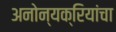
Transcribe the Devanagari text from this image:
अनोन्यक्रियांचा